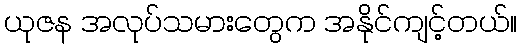
ယုဇန အလုပ်သမားတွေက အနိုင်ကျင့်တယ်။